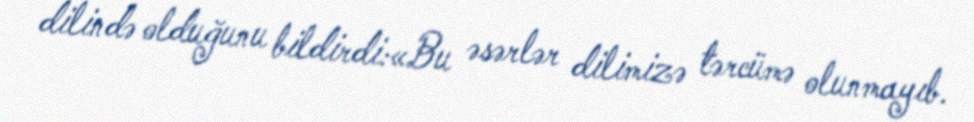
dilində olduğunu bildirdi:«Bu əsərlər dilimizə tərcümə olunmayıb.